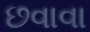
છવાવા